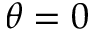
\theta = 0